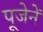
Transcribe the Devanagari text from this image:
पूजेनें